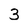
Character: 3